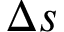
\Delta s